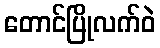
တောင်ပြိုလက်ဝဲ